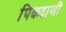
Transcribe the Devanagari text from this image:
पिकदाणी